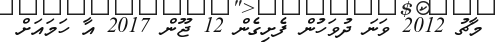
މާޗު 2012 ވަނަ ދުވަހުން ފެށިގެން 12 ޖޫން 2017 އާ ހަމައަށް